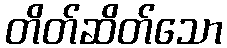
တိတ်ဆိတ်သော